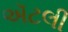
ઍટલી